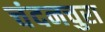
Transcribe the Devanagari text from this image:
चंदनचुरा